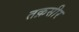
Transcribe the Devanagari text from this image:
तक़सीर